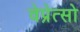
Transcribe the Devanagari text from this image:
वेप्रेत्सो